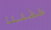
طفلنا